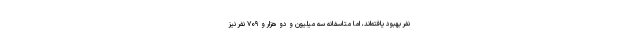
نفر بهبود یافته‌اند، اما متاسفانه سه میلیون و دو هزار و ۷۰۹ نفر نیز